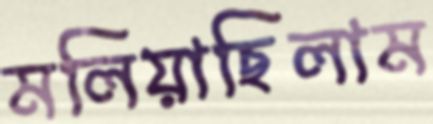
মলিয়াছিলাম